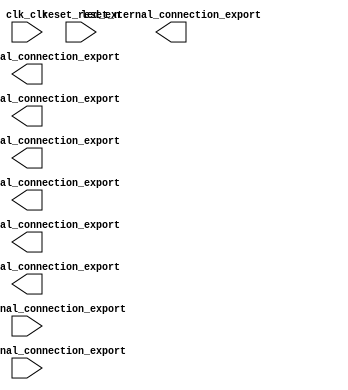

module EmbeddedCPU (
	clk_clk,
	reset_reset_n,
	hex1_external_connection_export,
	button_external_connection_export,
	switch_external_connection_export,
	led_external_connection_export,
	hex0_external_connection_export,
	hex2_external_connection_export,
	hex3_external_connection_export,
	hex4_external_connection_export,
	hex5_external_connection_export);	

	input		clk_clk;
	input		reset_reset_n;
	output	[7:0]	hex1_external_connection_export;
	input	[1:0]	button_external_connection_export;
	input	[9:0]	switch_external_connection_export;
	output	[9:0]	led_external_connection_export;
	output	[7:0]	hex0_external_connection_export;
	output	[7:0]	hex2_external_connection_export;
	output	[7:0]	hex3_external_connection_export;
	output	[7:0]	hex4_external_connection_export;
	output	[7:0]	hex5_external_connection_export;
endmodule